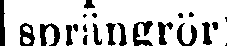
sprängrör)